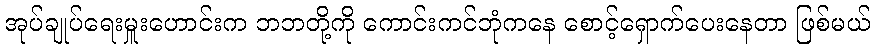
အုပ်ချုပ်ရေးမှူးဟောင်းက ဘဘတို့ကို ကောင်းကင်ဘုံကနေ စောင့်ရှောက်ပေးနေတာ ဖြစ်မယ်